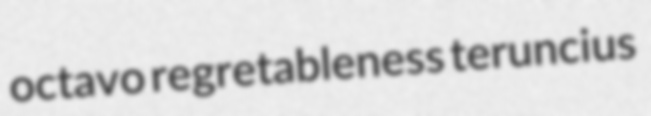
octavo regretableness teruncius